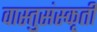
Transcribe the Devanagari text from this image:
वास्तुसंस्कृती